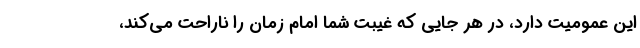
این عمومیت دارد، در هر جایی که غیبت شما امام زمان را ناراحت می‌کند،